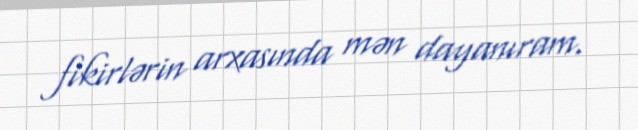
fikirlərin arxasında mən dayanıram.